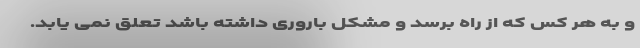
و به هر کس که از راه برسد و مشکل باروری داشته باشد تعلق نمی یابد.